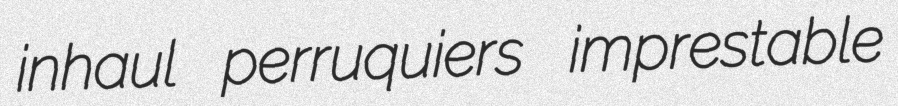
inhaul perruquiers imprestable